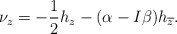
\begin{align*}\nu_z=-\frac{1}{2}h_z-(\alpha-I\beta)h_{\overline{z}}.\end{align*}